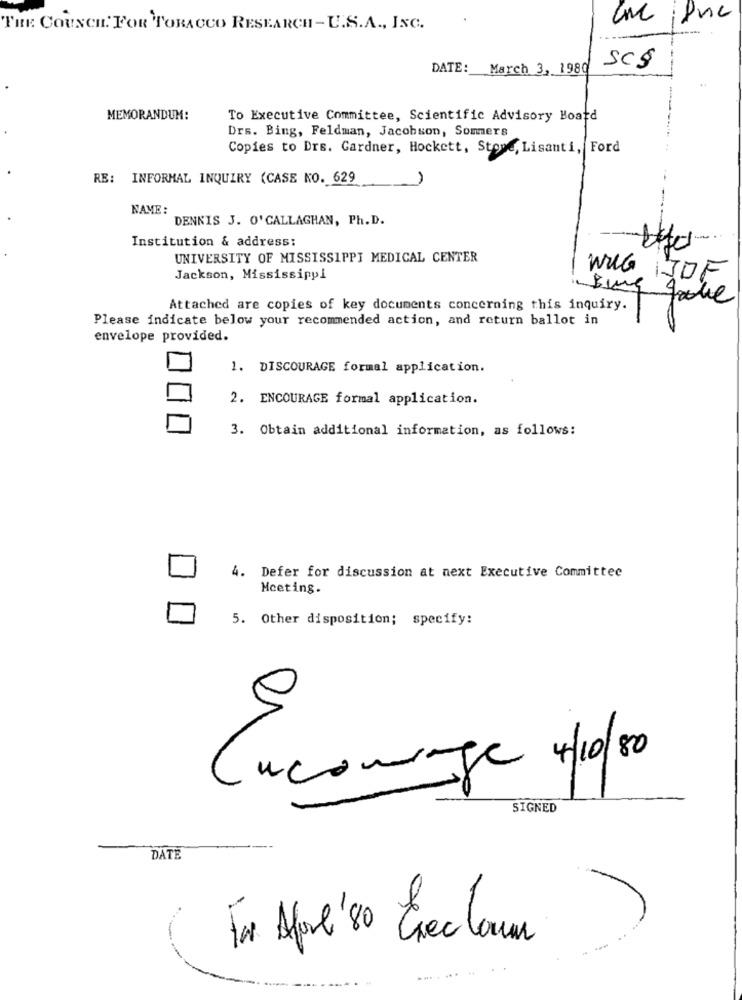
THE COUNCIL. FOR TOBACCO RESEARCH- U.S.A ., INC.
SCS
DATE: March 3, 1980
MEMORANDUM:
To Executive Committee, Scientific Advisory Board
Drs. Bing, Feldman, Jacobson, Sommers
Copies to Drs. Gardner, Hockett, Stowe, Lisanti, Ford
RE: INFORMAL INQUIRY (CASE KO. 629
NAME :
DENNIS J. O' CALLAGHAN, Ph.D.
Institution & address:
UNIVERSITY OF MISSISSIPPI MEDICAL CENTER
Jackson, Mississippi
WIG IDF
Bung Take
Attached are copies of key documents concerning this inquiry.
Please indicate below your recommended action, and return ballot in
envelope provided.
1. DISCOURAGE formal application.
2. ENCOURAGE formal application.
3. Obtain additional information, as follows:
4. Defer for discussion at next Executive Committee
Meeting.
5. Other disposition; specify:
9
Cucominge 4/10/80
SIGNED
DATE
To Apre '80 Exec Toun
...